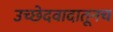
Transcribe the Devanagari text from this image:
उच्छेदवादातूनच